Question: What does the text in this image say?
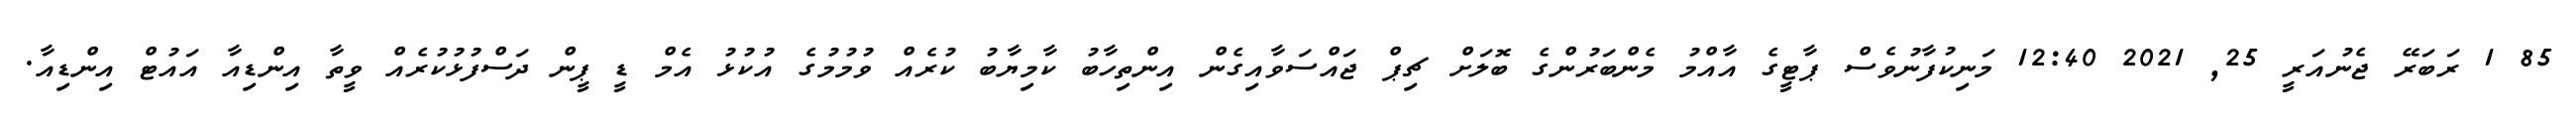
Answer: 85 1 ރަބަރޭ ޖެނުއަރީ 25, 2021 12:40 މަނިކުފާނުވެސް ޕާޓީގެ އާއްމު މެންބަރުންގެ ބޮލަށް ޗިޕް ޖައްސަވާއިގެން އިންތިހާބު ކާމިޔާބު ކުރެއް ވުމުމުގެ އުކުޅު އެމް ޑީ ޕީން ދަސްފުޅުކުރެއް ވީތާ އިންޑިއާ އައުޓް އިންޑިއާ.